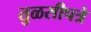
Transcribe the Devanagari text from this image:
तुळसीपत्रे